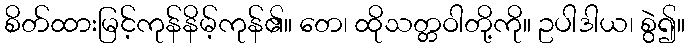
စိတ်ထားမြင့်ကုန်နိမ့်ကုန်၏။ တေ၊ ထိုသတ္တဝါတို့ကို။ ဥပါဒါယ၊ စွဲ၍။